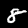
Digit: 8